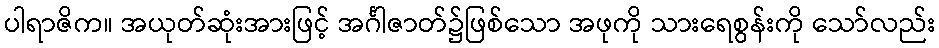
ပါရာဇိက။ အယုတ်ဆုံးအားဖြင့် အင်္ဂါဇာတ်၌ဖြစ်သော အဖုကို သားရေစွန်းကို သော်လည်း